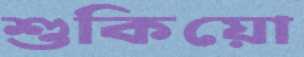
শুকিয়ো